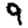
Digit: 9